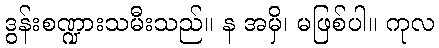
ဒွန်းစဏ္ဍားသမီးသည်။ န အမှိ၊ မဖြစ်ပါ။ ကုလ